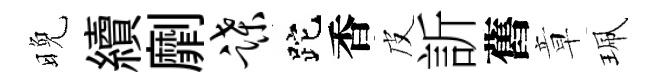
晚續劘蹀跎香皮訢舊章珮